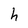
Character: h